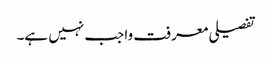
تفصیلی معرفت واجب نہیں ہے۔